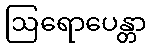
ဩရောပေန္တာ